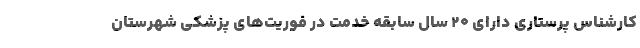
کارشناس پرستاری دارای ۲۰ سال سابقه خدمت در فوریت‌های پزشکی شهرستان